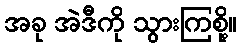
အခု အဲဒီကို သွားကြစို့။